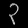
Digit: ၃